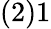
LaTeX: (2)1